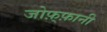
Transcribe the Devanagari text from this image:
जोफ़्फ़ानी